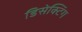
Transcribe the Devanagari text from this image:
डिसेक्टिंग